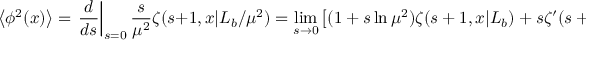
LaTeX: \left< \phi ^ { 2 } ( x ) \right> = \left. { \frac { d } { d s } } \right| _ { s = 0 } { \frac { s } { \mu ^ { 2 } } } \zeta ( s + 1 , x | L _ { b } / \mu ^ { 2 } ) = \operatorname * { l i m } _ { s \rightarrow 0 } \left[ ( 1 + s \ln \mu ^ { 2 } ) \zeta ( s + 1 , x | L _ { b } ) + s \zeta ^ { \prime } ( s + 1 | L _ { b } ) \right] ,